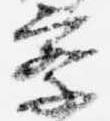
察